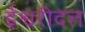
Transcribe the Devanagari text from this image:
ईश्वरीदत्त